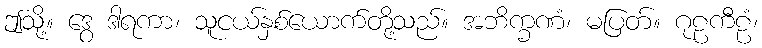
ဤသို့။ ဒွေ ဒါရကာ၊ သူငယ်နှစ်ယောက်တို့သည်။ အဘိက္ခဏံ၊ မပြတ်။ ဂုဠကီဠံ၊